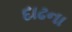
દાઢના